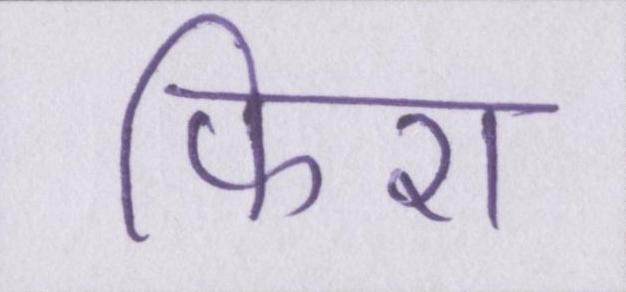
फिरा